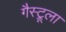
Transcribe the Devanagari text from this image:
गैस्ट्रूला